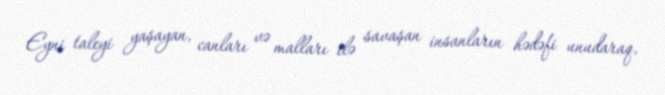
Eyni taleyi yaşayan, canları və malları ilə savaşan insanların hədəfi unudaraq,